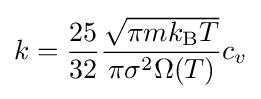
k={\frac {25}{32}}{\frac {\sqrt {\pi mk_{\text{B}}T}}{\pi \sigma ^{2}\Omega (T)}}c_{v}